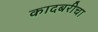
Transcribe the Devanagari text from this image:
कादबरीचा